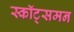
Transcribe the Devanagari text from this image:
स्कॉट्समन